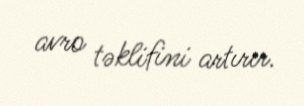
avro təklifini artırır.